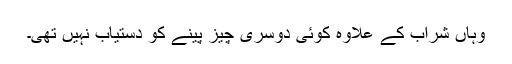
وہاں شراب کے علاوہ کوئی دوسری چیز پینے کو دستیاب نہیں تھی۔